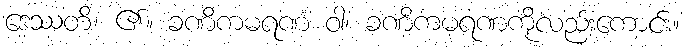
ဒေဿတိ၊ ၏။ ခဏိကမရဏံ ဝါ၊ ခဏိကမရဏကိုလည်းကောင်း။